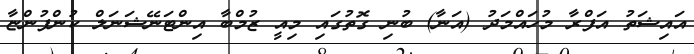
އައިޝަތު އަފްރާ މުހައްމަދު (އަނާ) ބުނި ގޮތުގައި މިއީ ޒުމްބާ އިންޓަނޭޝަނަލް ކުންފުންޏާ